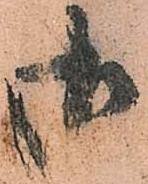
御